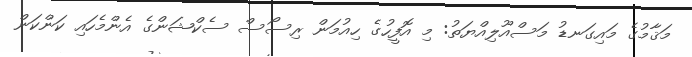
މަޤާމުގެ މައިގަނޑު މަސްއޫލިއްޔަތު: މި އޮފީހުގެ ހިއުމަން ރިސޯސް ސެކްޝަންގެ އެންމެހައި ކަންކަން